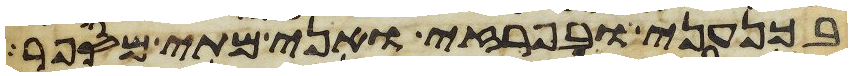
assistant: בכנעני ובפרזי ואני מתי מספר